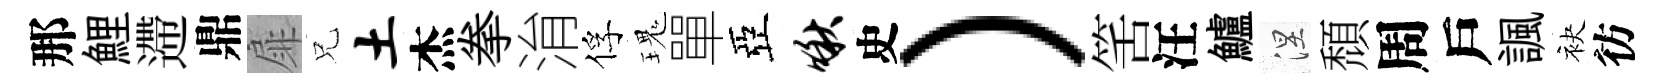
那鯉遰鼎扉兄土杰拳㳙俘瑰單亞啾史）筈汪鱸涅頹周戶諷袂彷